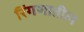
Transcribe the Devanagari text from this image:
रिंगणातील